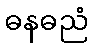
ဓနဓညံ